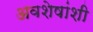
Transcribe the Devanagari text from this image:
अवशेषांशी